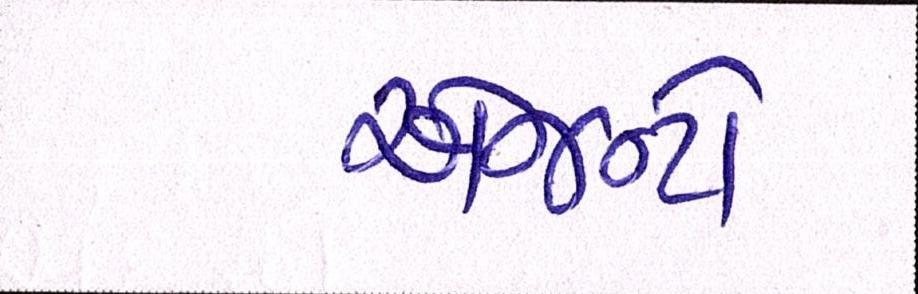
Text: એજન્ટો